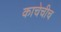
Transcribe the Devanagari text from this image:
काचेचीच